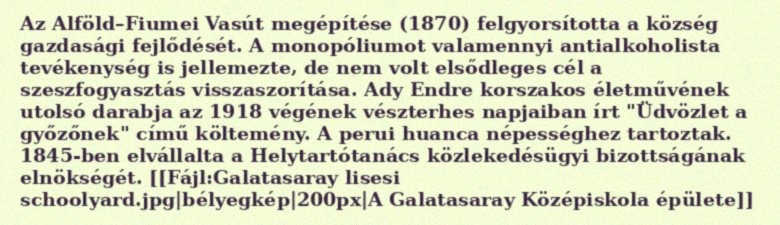
Az Alföld–Fiumei Vasút megépítése (1870) felgyorsította a község gazdasági fejlődését. A monopóliumot valamennyi antialkoholista tevékenység is jellemezte, de nem volt elsődleges cél a szeszfogyasztás visszaszorítása. Ady Endre korszakos életművének utolsó darabja az 1918 végének vészterhes napjaiban írt "Üdvözlet a győzőnek" című költemény. A perui huanca népességhez tartoztak. 1845-ben elvállalta a Helytartótanács közlekedésügyi bizottságának elnökségét. [[Fájl:Galatasaray lisesi schoolyard.jpg|bélyegkép|200px|A Galatasaray Középiskola épülete]]